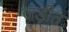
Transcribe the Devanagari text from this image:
जड़ीत